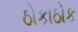
ઠોકાઠોક